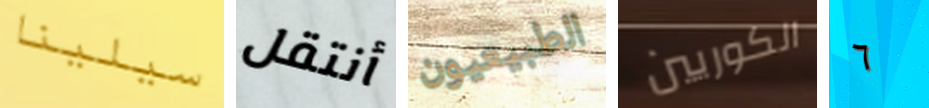
سيلينا أنتقل الطبيعيون الكوريين ٦